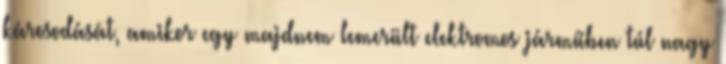
károsodását, amikor egy majdnem lemerült elektromos járműben túl nagy